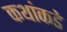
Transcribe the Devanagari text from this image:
कथांकडे